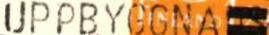
UPPBYGGNA=